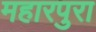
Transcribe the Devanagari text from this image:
महारपुरा